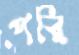
পরি